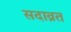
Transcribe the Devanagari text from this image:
सदाव्रत